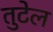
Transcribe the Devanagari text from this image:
तुटेल